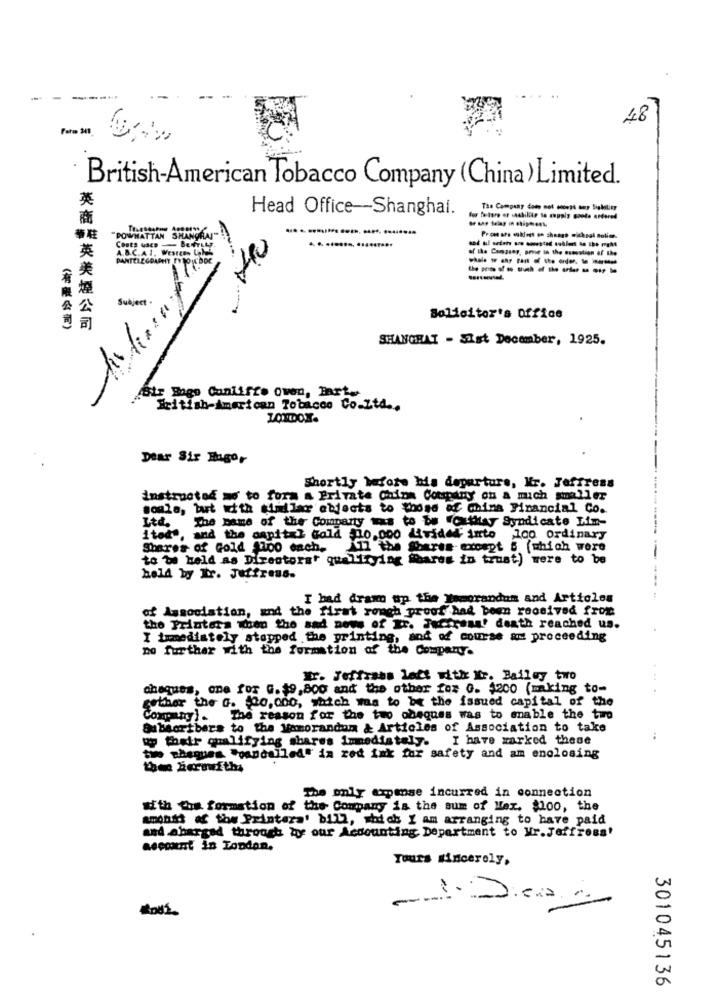
48
British-American Tobacco Company (China)Limited.
Head Office -- Shanghai.
The Company does not cocept any Sability
for future er saahillie to zuuply conte ordered
DOW
ATTAN SHA
Con
A.B.C.A.I. WESTERN LANGE
PANTELEGDAPEST FY
-- --- ------
Subject
Solicitor's Office
(有限公司)
英商英美煙公司
SHANGHAI - SIst December, 1925.
Str Bogo Cantifte owen, Bart.
British American Tobacco Co.Ltd ..
Dear Sir Hugor
Shortly before his departure, Kr. Jeffress
instructed me to form a Private China Company on a mich smaller
moule, but with similar objects to those of China Financial Co.
Ltd.
The name of the Company was to be "CtMay Syndicate Im-
itod', and the capital Gold 30,0oo divided into 100 Ordinary
Shares of Gold $100 each.
11 the Shares- except " (which were
to be held as Directorat qualifying Shares in trust) were to be
held by Ir. Jeffress.
I bad dram up the memorandum and Articles
of Association, and the first rough proof had been received from
the Printers when the sad news of Er. Forsrana! death reached us.
I bumediately stopped the printing, and of course am proceeding
no further with the formation of the Company.
Dr. Jeffrans lect with Kr. Bailey two
cheques, one for G. $9,800 and the other for G. $200 (making to-
gether the G. 20,000, which was to be the issued capital of the
Company). The reason for the two obeques was to enable the two
Subscribers to the Memorandum & Articles of Association to take
up their qualifying shares Immediately.
I have marked these
:
two cheques "oancalled" in red ink for safety and am enclosing
then herewith;
The only expense incurred in connection
sith Cus formation of the Company is the sum of Mex. $100, the
amonth of the Printera' bill, which I am arranging to have paid
and abargad through be our Accounting Department to Wr. Jeffross'
account in London.
Tours sincerely,
-
301045136